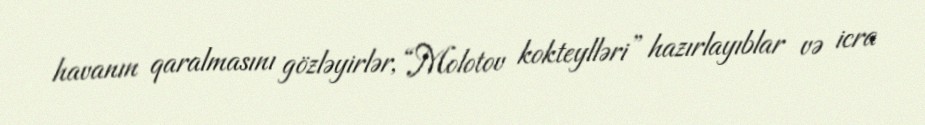
havanın qaralmasını gözləyirlər, “Molotov kokteylləri” hazırlayıblar və icra